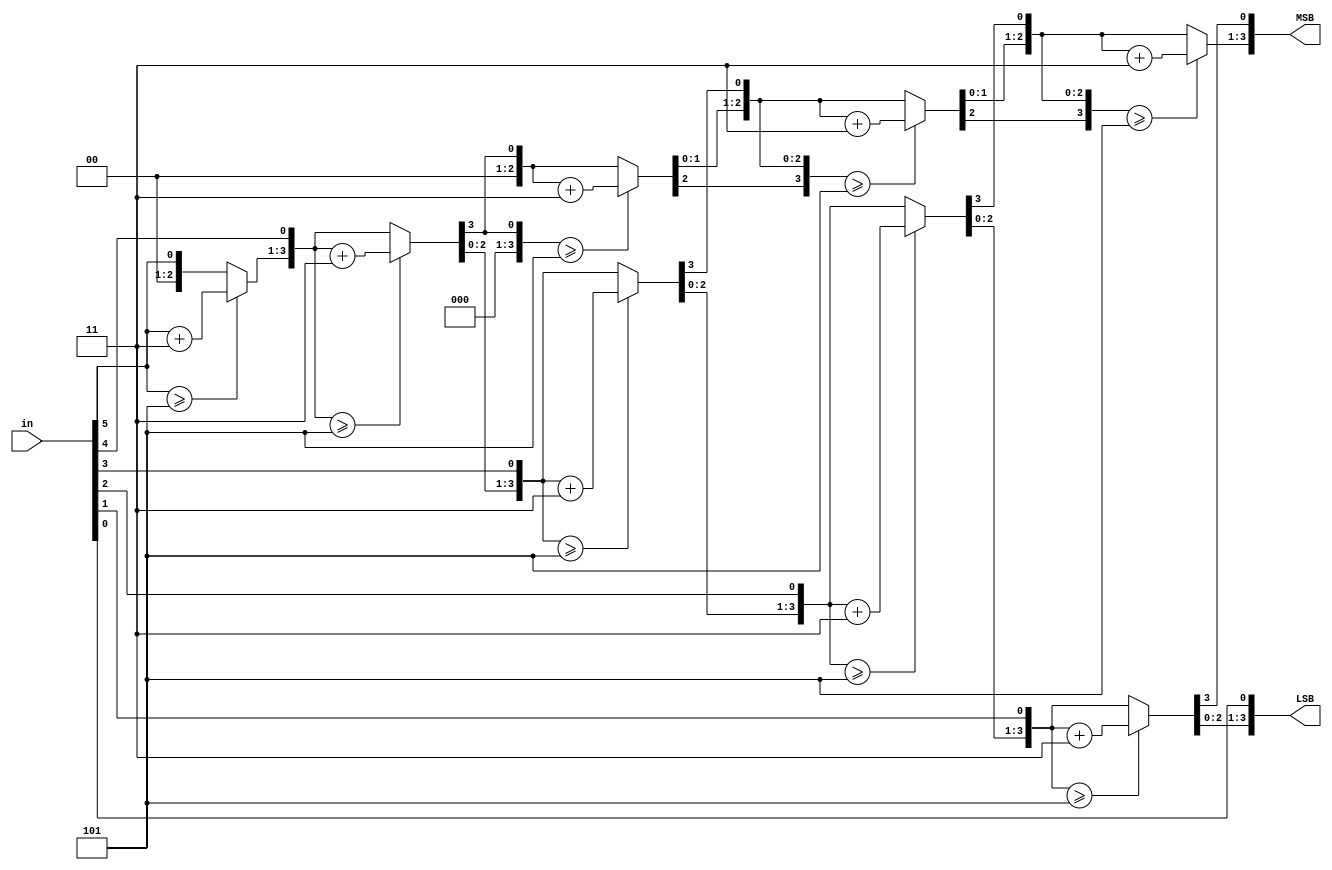
module bintoBCD(in, MSB, LSB);
	input[6:0] in;
	output reg[3:0] MSB, LSB;
	
	integer i;
	
	always @(in) begin
		MSB = 4'b0;
		LSB = 4'b0;
		for (i=5 ; i>=0 ; i=i-1) begin
			if (MSB>=5)
				MSB = MSB + 3;
			if (LSB >= 5)
				LSB 		= LSB + 3;
				MSB 		= MSB << 1;
				MSB[0] 	= LSB[3];
				LSB		= LSB << 1;
				LSB[0] 	= in[i];
		end
	end
endmodule